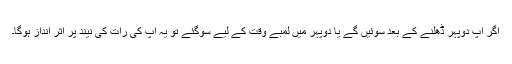
اگر آپ دوپہر ڈھلنے کے بعد سوئیں گے یا دوپہر میں لمبے وقت کے لیے سوگئے تو یہ آپ کی رات کی نیند پر اثر انداز ہوگا۔